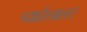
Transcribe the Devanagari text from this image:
प्यारेलाल।